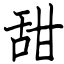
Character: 甜